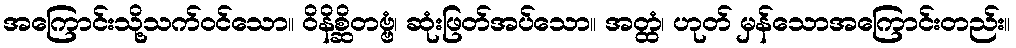
အကြောင်းသို့သက်ဝင်သော။ ဝိနိစ္ဆိတဗ္ဗံ၊ ဆုံးဖြတ်အပ်သော။ အတ္ထံ၊ ဟုတ် မှန်သောအကြောင်းတည်း။